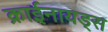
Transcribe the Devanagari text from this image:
क्राईनायड्स